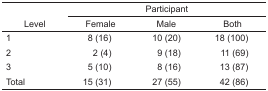
<table><thead><tr><td></td><td colspan="3"><b>Participant</b></td></tr><tr><td><b>Level</b></td><td><b>Female</b></td><td><b>Male</b></td><td><b>Both</b></td></tr></thead><tbody><tr><td>1</td><td>8 (16)</td><td>10 (20)</td><td>18 (100)</td></tr><tr><td>2</td><td>2 (4)</td><td>9 (18)</td><td>11 (69)</td></tr><tr><td>3</td><td>5 (10)</td><td>8 (16)</td><td>13 (87)</td></tr><tr><td>Total</td><td>15 (31)</td><td>27 (55)</td><td>42 (86)</td></tr></tbody></table>